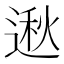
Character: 𫐵